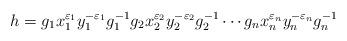
LaTeX: \begin{align*}h=g_1x_1^{\varepsilon_1}y_1^{-\varepsilon_1}g_1^{-1}g_2x_2^{\varepsilon_2}y_2^{-\varepsilon_2}g_2^{-1}\cdots g_nx_n^{\varepsilon_n}y_n^{-\varepsilon_n}g_n^{-1}\end{align*}